Report on vaccination in the Province of Bengal - 1874-1889
Year: 1874
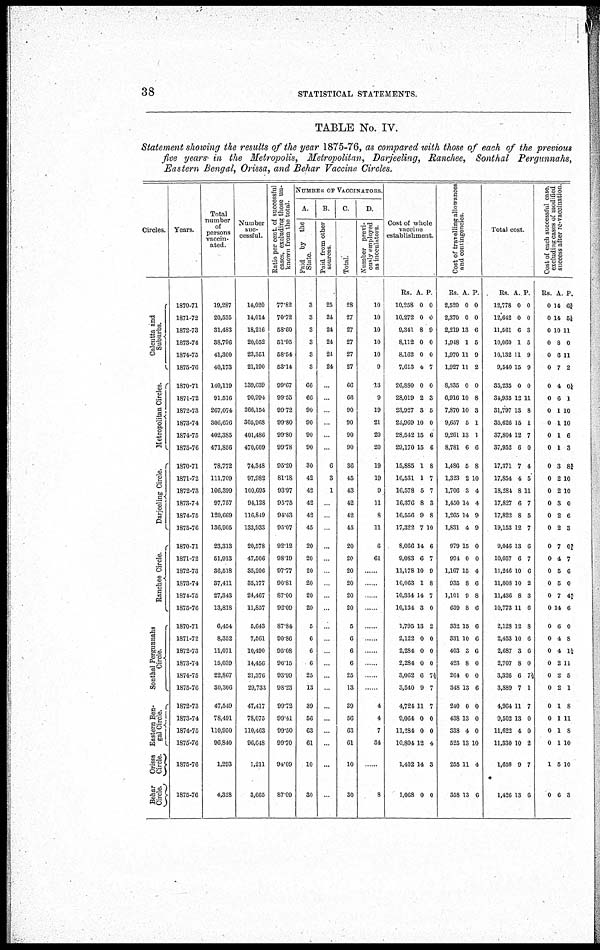
38
STATISTICAL STATEMENTS.
TABLE No. IV.
Statement showing the results of the year 1875-76, as compared with those of each of the previous
five years in the Metropolis, Metropolitan, Darjeeling, Ranchee, Sonthal Pergunnahs,
Eastern Bengal, Orissa, and Behar Vaccine Circles.
Circles.
Calcutta and
Suburbs.
Metropolitan Circles.
Darjeeling Circle.
Ranches Circle.
Sonthal Pergunnahs
Circle.
Eastern Ben-
gal Circle.
Orissa
Circle.
Behar
Circle.
Years.
1870-71
1871-72
1872-73
1873-74
1874-75
1875-76
1870-71
1871-72
1872-73
1873-74
1874-75
1875-76
1870-71
1871-72
1872-73
1873-74
1874-75
1875-76
1870-71
1871-72
1872-73
1873-74
1874-75
1875-76
1870-71
1871-72
1872-73
1873-74
1874-75
1875-76
1872-73
1873-74
1874-75
1875-76
1875-76
1875-76
Total
number
of
persons
vaccin-
ated.
19,287
20,535
31,483
38,796
41,300
40,173
140,119
91,516
267,074
306,676
402,385
471,856
78,772
111,709
106,399
97,757
120,669
136,905
23,313
51,913
36,518
37,411
27,343
13,818
6,454
8,352
11,071
15,039
22,867
30,306
47,549
78,491
110,950
96,840
1,293
4,328
Number
suc-
cessful.
14,020
14,014
18,216
20,052
23,351
21,190
139,639
90,994
266,154
305,968
401,486
470,609
74,348
97,982
100,695
94,128
116,849
133,933
20,578
47,506
35,206
35,177
24,467
11,857
5,643
7,561
10,490
14,456
21,376
29,733
47,417
78,075
110,463
96,648
1,211
3,665
Ratio per cent. of successful
cases, excluding those un-
known from the total.
77.82
70.72
58.60
51.95
58.54
53.14
99.67
99.55
99.72
99.80
99.80
99.78
95.20
81.18
93.97
95.75
94.43
95.07
92.12
98.19
97.77
90.81
87.00
92.09
87.84
90.86
95.08
96.15
93.99
98.23
99.72
99.41
99.50
99.70
94.09
87.09
NUMBER OF VACCINATORS.
A.
Paid by the
State.
3
3
3
3
3
3
66
66
90
90
90
90
30
42
42
42
42
45
20
20
20
20
20
20
5
6
6
6
25
13
39
56
63
61
10
30
B.
Paid from other
sources
25
24
24
24
24
24
...
...
…
...
...
...
6
3
1
…
…
…
...
…
…
…
…
…
…
…
…
…
…
…
…
…
…
…
…
…
C.
Total
28
27
27
27
27
27
66
66
90
90
90
90
36
45
43
42
42
45
20
20
20
20
20
20
5
6
6
6
25
13
39
56
63
61
10
30
D.
Number previ-
ously employed
as inoculators.
10
10
10
10
10
9
13
9
19
21
20
20
19
19
9
11
8
11
6
61
……
……
……
……
……
……
……
……
……
……
4
4
7
34
……
8
Cost of whole
vaccine
establishment
Rs.
10,258
10,272
9,341
8,112
8,162
7,613
26,880
28,019
23,927
25,969
28,542
29,170
15,885
16,531
16,578
16,376
16,556
17,322
8,066
9,083
11,178
10,063
10,334
10,134
1,795
2,122
2,284
2,284
3,062
3,540
4,724
9,064
11,284
10,804
1,402
1,068
A.
0
0
8
0
0
4
0
2
3
10
15
15
1
1
5
8
9
7
14
6
10
1
14
3
13
0
0
0
6
9
11
0
0
12
14
0
P.
0
0
9
0
0
7
0
3
5
0
6
6
8
7
7
3
8
10
6
7
9
8
7
0
2
0
0
0
7½
7
7
0
0
4
3
0
Cost of travelling allowances
and contingencies.
Rs.
2,520
2,370
2,219
1,948
1,970
1,927
8,335
6,916
7,870
9,657
9,261
8,781
1,486
1,323
1,706
1,450
1,265
1,831
979
994
1,167
935
1,101
639
332
331
403
423
264
348
240
438
338
525
255
358
A.
0
0
13
1
11
11
0
10
10
5
13
6
6
2
3
14
14
4
15
0
15
8
9
8
15
10
3
8
0
13
0
13
4
13
11
13
P.
0
0
6
5
9
2
0
8
3
1
1
6
8
10
4
4
9
9
0
0
4
6
8
6
6
6
6
0
0
6
0
0
0
10
4
6
Total cost
Rs.
12,778
12,642
11,561
10,060
10,132
9,540
35,235
34,935
31,797
35,626
37,804
37,952
17,371
17,854
18,284
17,827
17,822
19,153
9,046
10,057
11,246
11,008
11,436
10,773
2,128
2,453
2,687
2,707
3,326
3,889
4,964
9,502
11,622
11,330
1,658
1,426
A.
0
0
6
1
11
15
0
12
13
15
12
6
7
4
8
6
8
12
13
6
10
10
8
11
12
10
3
8
6
7
11
13
4
10
9
13
P.
0
0
3
5
9
9
0
11
8
1
7
0
4
5
11
7
6
7
6
7
6
2
3
6
8
6
6
0
7½
1
7
0
0
2
7
6
Cost of each successful case,
excluding cases of modified
success after re-vaccination.
Rs.
0
0
0
0
0
0
0
0
0
0
0
0
0
0
0
0
0
0
0
0
0
0
0
0
0
0
0
0
0
0
0
0
0
0
1
0
A
14
14
10
8
6
7
4
6
1
1
1
1
3
2
2
3
2
2
7
4
6
6
7
14
6
4
4
2
2
2
1
1
1
1
5
6
P.
6¾
5¼
11
0
11
2
0¼
1
10
10
6
3
8¾
10
10
0
6
3
0¾
7
6
0
4 1/5
6
0
8
1½
11
5
1
8
11
8
10
10
3